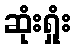
ဆုံးရှုံး